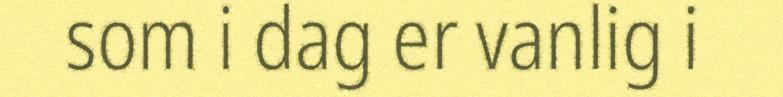
som i dag er vanlig i